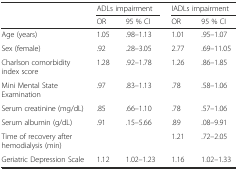
<table><thead><tr><td></td><td colspan="2"><b>ADLs impairment</b></td><td colspan="2"><b>IADLs impairment</b></td></tr><tr><td></td><td><b>OR</b></td><td><b>95 % CI</b></td><td><b>OR</b></td><td><b>95 % CI</b></td></tr></thead><tbody><tr><td>Age (years)</td><td>1.05</td><td>.98–1.13</td><td>1.01</td><td>.95–1.07</td></tr><tr><td>Sex (female)</td><td>.92</td><td>.28–3.05</td><td>2.77</td><td>.69–11.05</td></tr><tr><td>Charlson comorbidity index score</td><td>1.28</td><td>.92–1.78</td><td>1.26</td><td>.86–1.85</td></tr><tr><td>Mini Mental State Examination</td><td>.97</td><td>.83–1.13</td><td>.78</td><td>.58–1.06</td></tr><tr><td>Serum creatinine (mg/dL)</td><td>.85</td><td>.66–1.10</td><td>.78</td><td>.57–1.06</td></tr><tr><td>Serum albumin (g/dL)</td><td>.91</td><td>.15–5.66</td><td>.89</td><td>.08–9.91</td></tr><tr><td>Time of recovery after hemodialysis (min)</td><td></td><td></td><td>1.21</td><td>.72–2.05</td></tr><tr><td>Geriatric Depression Scale</td><td>1.12</td><td>1.02–1.23</td><td>1.16</td><td>1.02–1.33</td></tr></tbody></table>